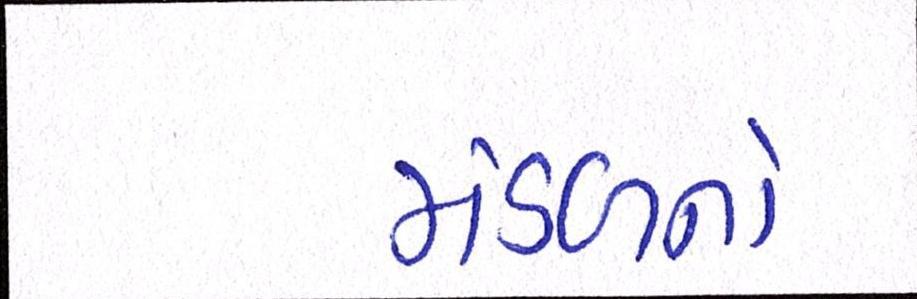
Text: મંડળનો